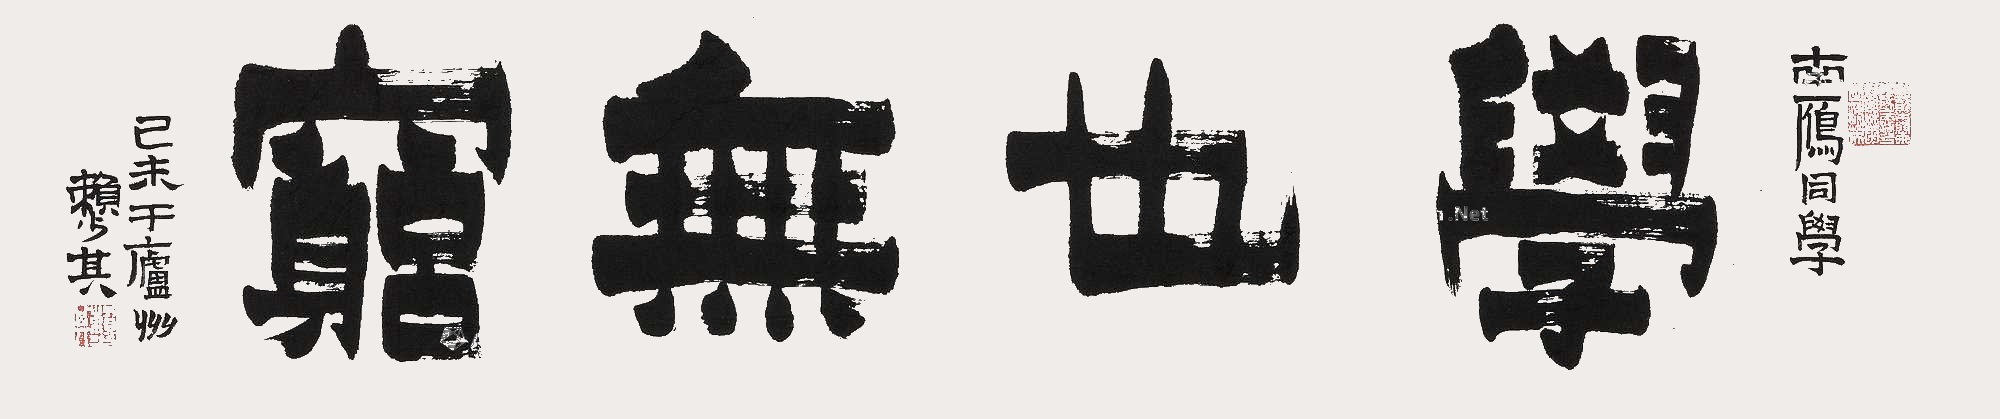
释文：学也无穷。南雁同学。己未于庐州，赖少其。